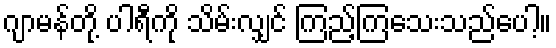
ဂျာမန်တို့ ပါရီကို သိမ်းလျှင် ကြည့်ကြသေးသည်ပေါ့။